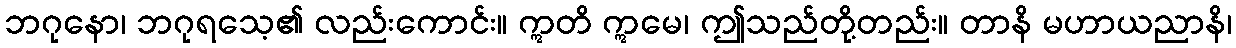
ဘဂုနော၊ ဘဂုရသေ့၏ လည်းကောင်း။ ဣတိ ဣမေ၊ ဤသည်တို့တည်း။ တာနိ မဟာယညာနိ၊